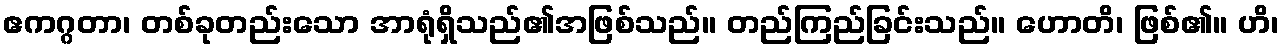
ဧကဂ္ဂတာ၊ တစ်ခုတည်းသော အာရုံရှိသည်၏အဖြစ်သည်။ တည်ကြည်ခြင်းသည်။ ဟောတိ၊ ဖြစ်၏။ ဟိ၊